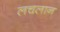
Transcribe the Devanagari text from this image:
लचलान